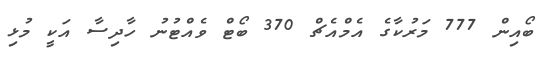
ބޯއިން 777 މަރުކާގެ އެމްއެޗް 370 ބޯޓް ވެއްޓުނު ހާދިސާ އަކީ މުޅި